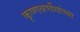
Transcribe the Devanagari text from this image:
कृष्णवर्णीयांच्या